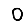
Digit: 0